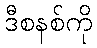
ဒီစနစ်ကို